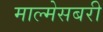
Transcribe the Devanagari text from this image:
माल्मेसबरी